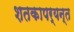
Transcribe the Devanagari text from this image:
शतकापर्यन्त